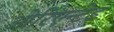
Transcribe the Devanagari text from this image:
ओरिएन्टेड